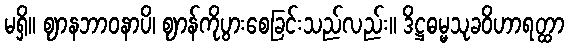
မရှိ။ ဈာနဘာဝနာပိ၊ ဈာန်ကိုပွားစေခြင်းသည်လည်း။ ဒိဋ္ဌဓမ္မသုခဝိဟာရတ္ထာ